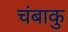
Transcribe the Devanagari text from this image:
चंबाकु